Civil Veterinary Dept. Bombay admin report 1893-99 - 1893-1899
Year: 1893
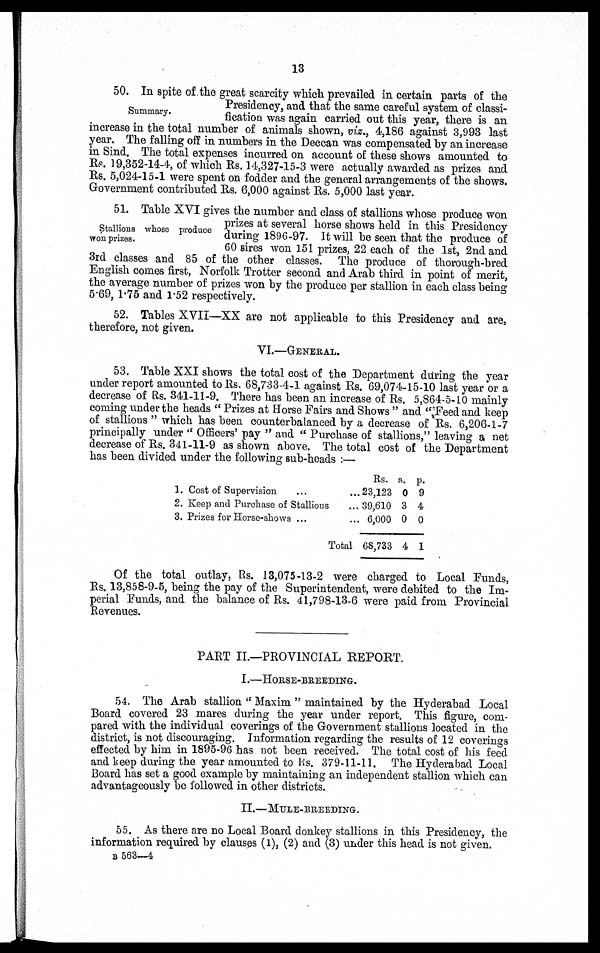
13
Summary.
50. In spite of the great scarcity which prevailed in certain parts of the
Presidency, and that the same careful system of classi-
fication was again carried out this year, there is an
increase in the total number of animals shown, viz., 4,186 against 3,993 last
year. The falling off in numbers in the Deccan was compensated by an increase
in Sind. The total expenses incurred on account of these shows amounted to
Rs. 19,352-14-4, of which Rs. 14,327-15-3 were actually awarded as prizes and
Rs. 5,024-15-1 were spent on fodder and the general arrangements of the shows.
Government contributed Rs. 6,000 against Rs. 5,000 last year.
Stallions whose produce
won prizes.
51. Table XVI gives the number and class of stallions whose produce won
prizes at several horse shows held in this Presidency
during 1896-97. It will be seen that the produce of
60 sires won 151 prizes, 22 each of the 1st, 2nd and
3rd classes and 85 of the other classes. The produce of thorough-bred
English comes first, Norfolk Trotter second and Arab third in point of merit,
the average number of prizes won by the produce per stallion in each class being
5.69, 1.75 and 1.52 respectively.
52. Tables XVII—XX are not applicable to this Presidency and are,
therefore, not given.
VI.—GENERAL.
53. Table XXI shows the total cost of the Department during the year
under report amounted to Rs. 68,733-4-1 against Rs. 69,074-15-10 last year or a
decrease of Rs. 341-11-9. There has been an increase of Rs. 5,864-5-10 mainly
coming under the heads "Prizes at Horse Fairs and Shows" and "Feed and keep
of stallions" which has been counterbalanced by a decrease of Rs. 6,206-1-7
principally under "Officers' pay" and "Purchase of stallions," leaving a net
decrease of Rs. 341-11-9 as shown above. The total cost of the Department
has been divided under the following sub-heads:—
1.
2.
3.
Cost of Supervision
...
...
Keep and Purchase of Stallions
...
Prizes for Horse-shows ...
...
Total
Rs.
23,123
39,610
6,000
68,733
a.
0
3
0
4
p.
9
4
0
1
Of the total outlay, Rs. 13,075-13-2 were charged to Local Funds,
Rs. 13,858-9-5, being the pay of the Superintendent, were debited to the Im-
perial Funds, and the balance of Rs. 41,798-13-6 were paid from Provincial
Revenues.
PART II.—PROVINCIAL REPORT.
I.—HORSE-BREEDING.
54. The Arab stallion "Maxim" maintained by the Hyderabad Local
Board covered 23 mares during the year under report. This figure, com-
pared with the individual coverings of the Government stallions located in the
district, is not discouraging. Information regarding the results of 12 coverings
effected by him in 1895-96 has not been received. The total cost of his feed
and keep during the year amounted to Rs. 379-11-11. The Hyderabad Local
Board has set a good example by maintaining an independent stallion which can
advantageously be followed in other districts.
II.—MULE-BREEDING.
55, As there are no Local Board donkey stallions in this Presidency, the
information required by clauses (1), (2) and (3) under this head is not given.
B 563—4